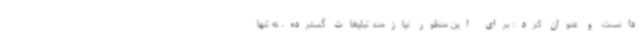
دانست و عنوان کرد: برای این منظور نیازمند تبلیغات گسترده، نه تنها